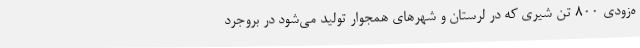
ه‌زودی 800 تن شیری که در لرستان و شهرهای همجوار تولید می‌شود در بروجرد